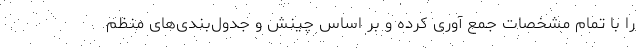
را با تمام مشخصات جمع آوری کرده و بر اساس چینش و جدول‌بندی‌های منظم